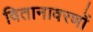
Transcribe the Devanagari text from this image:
वितानावरणों